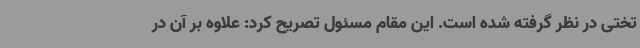
تختی در نظر گرفته شده است. این مقام مسئول تصریح کرد: علاوه بر آن در